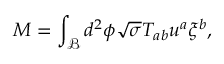
M = \int _ { \mathcal { B } } d ^ { 2 } \phi \sqrt { \sigma } T _ { a b } u ^ { a } \xi ^ { b } ,